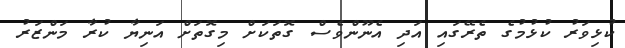
ކުޅިވަރު ކުޅުމުގެ ތެރޭގައި އަދި އެނޫންވެސް ގޮތަކަށް މިގޮތަށް އަނިޔާ ކުރާ މަންޒަރު